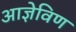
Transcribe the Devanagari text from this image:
आज्ञेविण